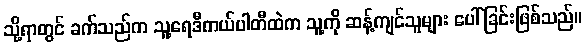
သို့ရာတွင် ခက်သည်က သူ့ရေဒီကယ်ပါတီထဲက သူ့ကို ဆန့်ကျင်သူများ ပေါ်ခြင်းဖြစ်သည်။